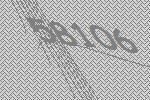
58106